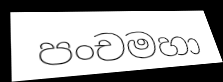
පංචමහා